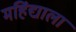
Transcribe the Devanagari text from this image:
महिंद्याला